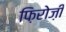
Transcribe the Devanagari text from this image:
फ़िरोज़ी